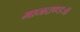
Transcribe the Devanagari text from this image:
मानदण्डः॥